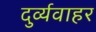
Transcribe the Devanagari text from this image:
दुर्व्यवाहर